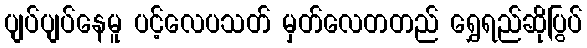
ပျပ်ပျပ်နေမူ ပင့်လေပသတ် မှတ်လေတတည် ရွှေရည်ဆိုပြွပ်